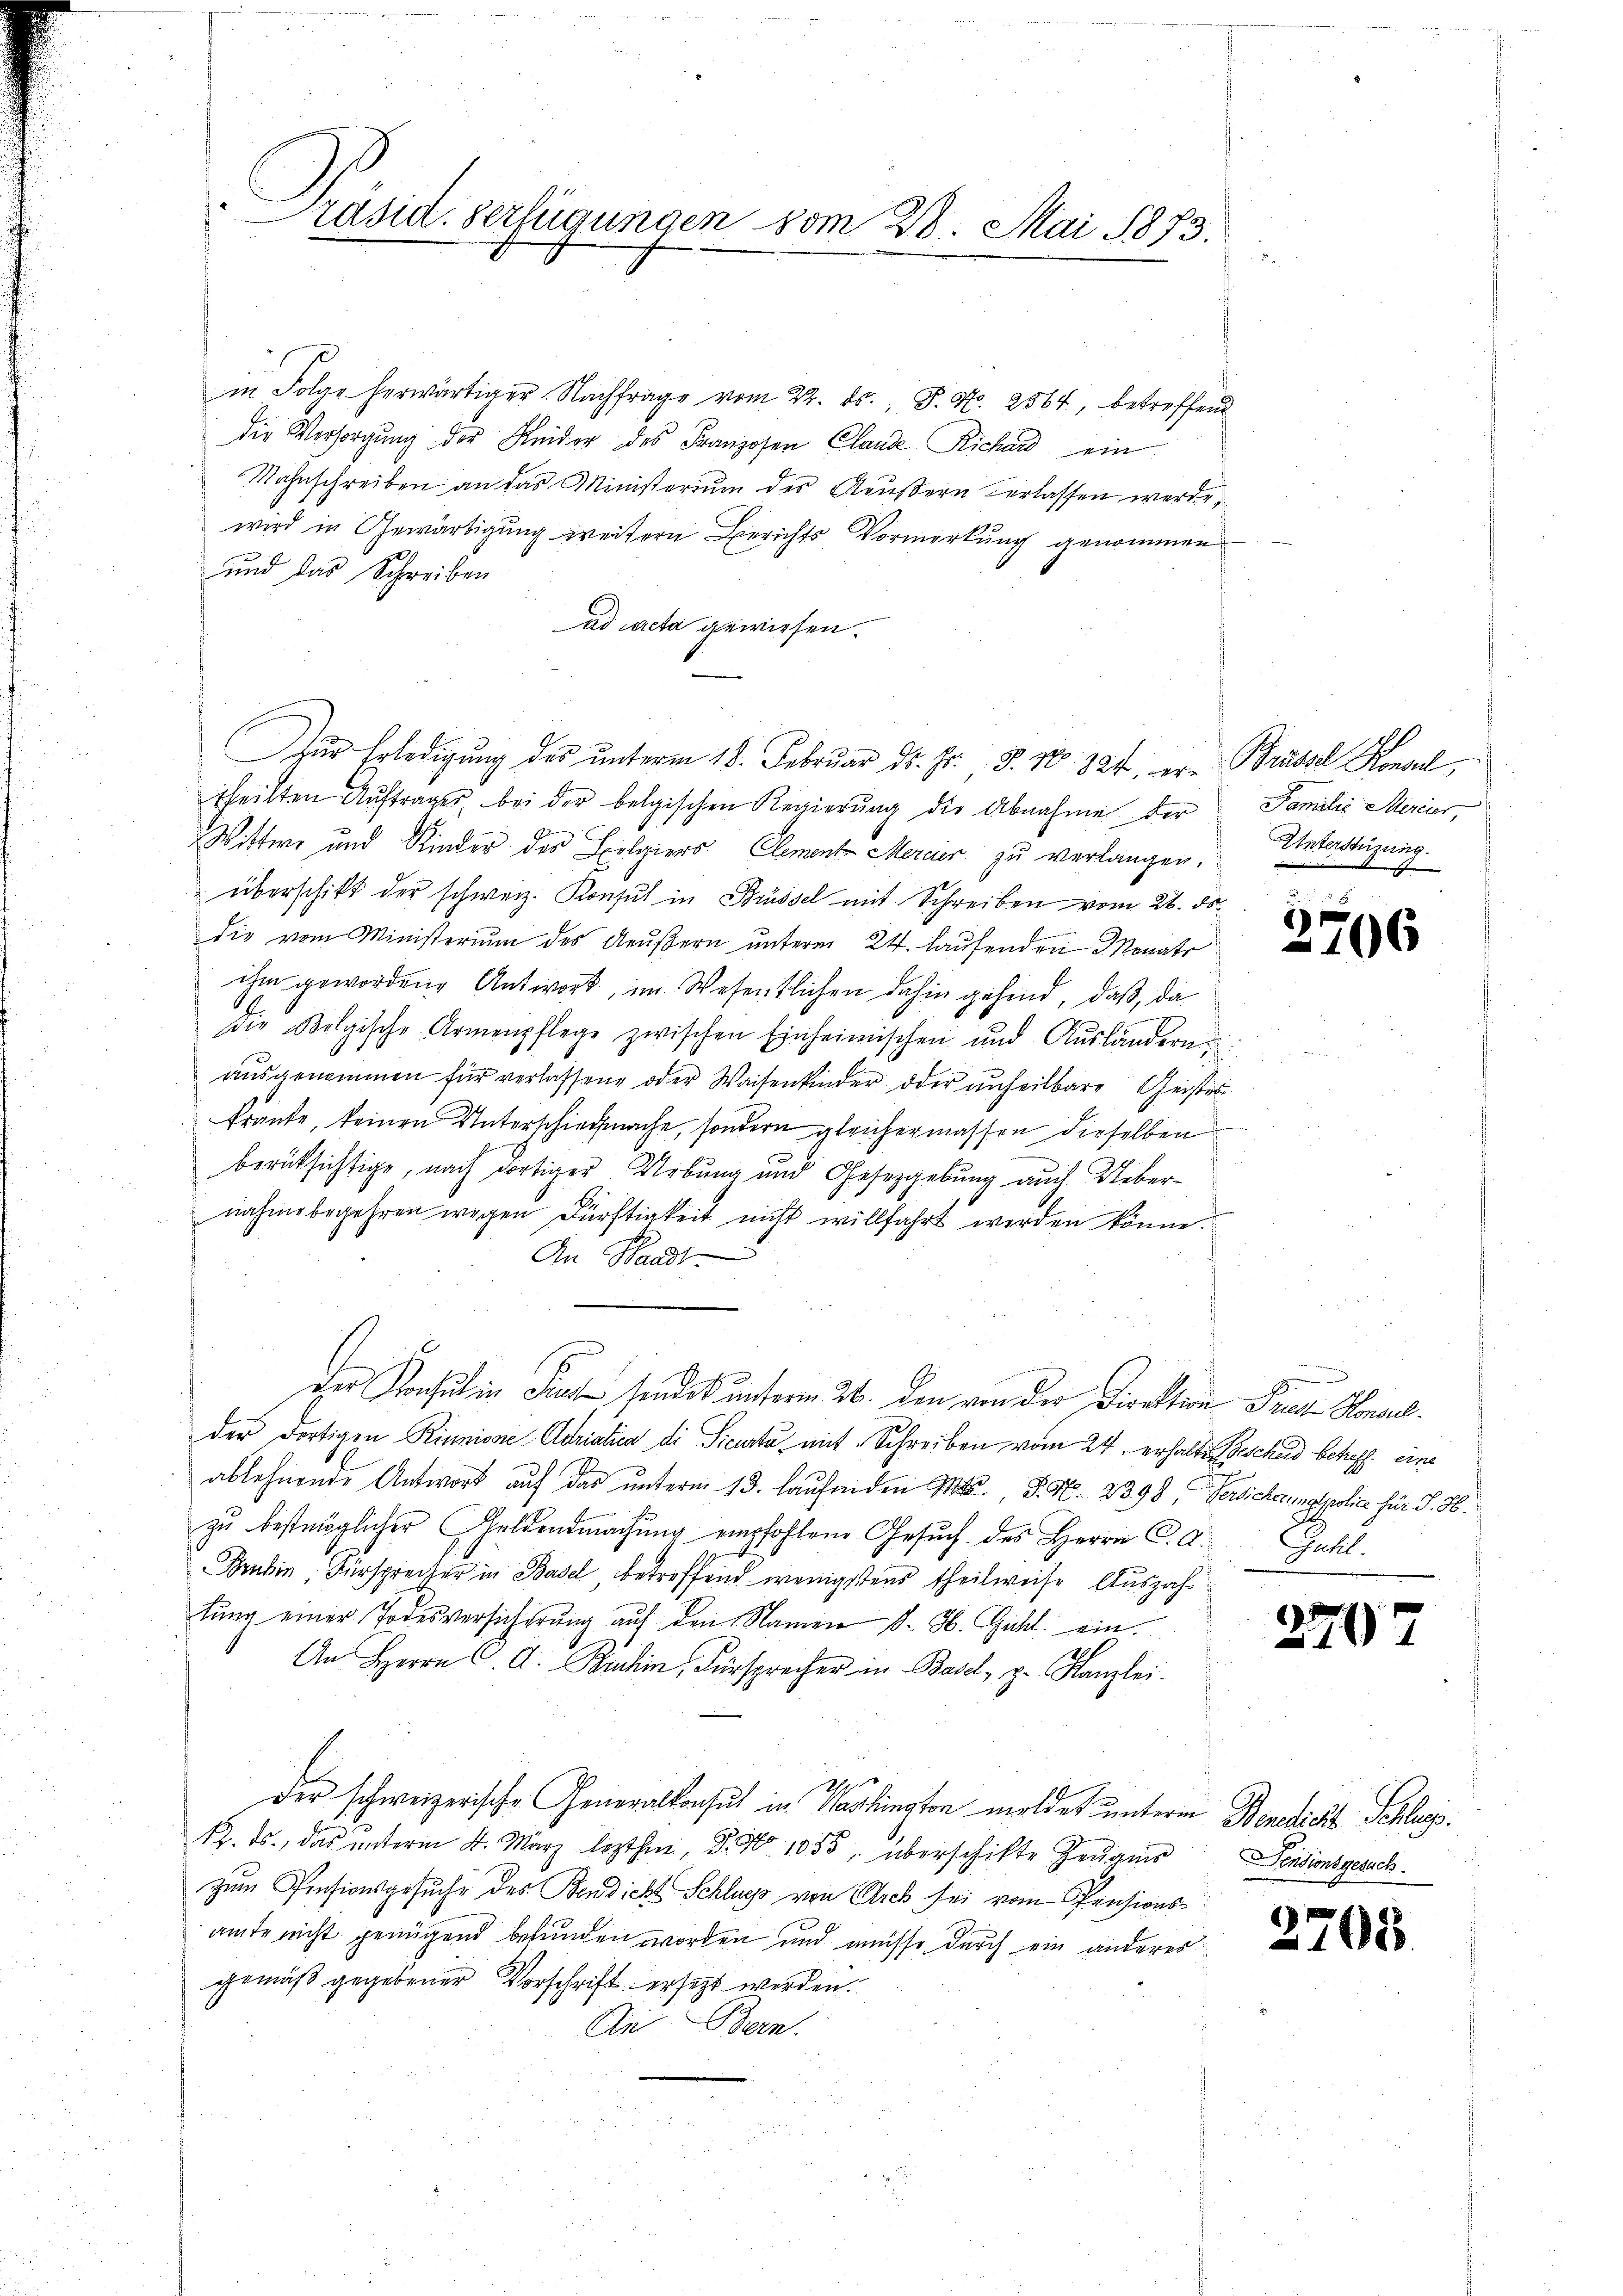
Präsid. Verfügungen vom 28. Mai 1873.

in Folge herwärtiger Nachfrage vom 22. ds. S. Nr. 2564, betreffend
die Versorgŭng der Kleider des Franzosen Clande Richard ein
Wahnschreiben an das Ministerium des Aeußern verlassen werde
wird in Gewärtigung weitern Berichts Vormerkung genommen
und das Schreiben
ad acta gewiesen.
Zur Erledigung des unterm 18. Februar dr. Hr. P. Nr. 824. er- Brüsse Konsul,
theilten Auftrages, bei der belgischen Regierung die Abnahme der
Wittwe und Kinder des Exelgiers, Clement Merier zu verlangen.
überschikt der schweiz. Konsul in Brüssel mit Schreiben vom 26. ds.
die vom Ministerium des Aeußern unterm 24. laufenden Monats
ihm gewordene Antwort, im Wesentlichen dahin gehend, daß, da
die Belgische Armenpflege zwischen Einheimischen und Aŭsländern
ausgenommen für verlassene oder Waisenkinder oder unheilbare Geiste
kraute, keinen Unterschiedmache, sondern gleichermassen dieselben
n
berüksichtige, nach dortiger Uebung und Gesetzgebung auch Uebernahme begehren wegen Dürftigkeit nicht willfahrt werden könne.
An Waadt
der Konsul in dies sindet unterm 26. Den von der Direktion Trat Honael.
der dortigen Rinnione Adriatica di Sicarta mit Schreiben vom 24. erhalte Beschad betreff. eine
ablehnende Antwort auf das unterm 13. laufenden M. P. Nr. 2398, Versicherungspolice für §. 36.
zu bestmöglicher Geldendmachung empfohlene Gesuch des Herrn C. A.
Brubin, Fürsprecher in Basel betreffend wenigstens theilweise Auszahlung einer Todesversicherŭng auf den Namen d. H. Guhl ein¬
An Herrn C. A. Buchin, Fürsprecher in Basel, p. Kanzlei.
Der schweizerische Generalkonsul in Washington meldet unterm Benedict Schlags¬
12. ds., das unterm 4. März lezthin, S. Nr. 1055, überschikte Zeugnis
zum Pensionsgesuche des Bendicht Schluss von Arch sei vom Pensionsamte nicht genügend befunden worden und müsse durch ein anderes
gemäß gegebener Vorschrift ersetzt werden.
An Bern.

Familie Mercier,
Unterstüzung.

x
2706

Guhl.

2707

Pensionsgesuch.

2705.